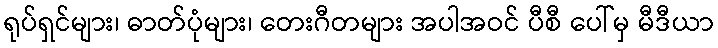
ရုပ်ရှင်များ၊ ဓာတ်ပုံများ၊ တေးဂီတများ အပါအဝင် ပီစီ ပေါ်မှ မီဒီယာ